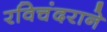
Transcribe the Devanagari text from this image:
रविचंदराने